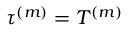
\tau ^ { ( m ) } = T ^ { { ( m ) } }